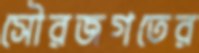
সৌরজগতের